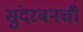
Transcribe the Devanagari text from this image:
सुंदरबनची